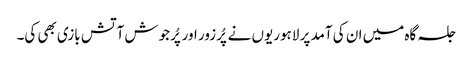
جلسہ گاہ میں ان کی آمد پر لاہوریوں نے پُرزور اور پُرجوش آتش بازی بھی کی۔